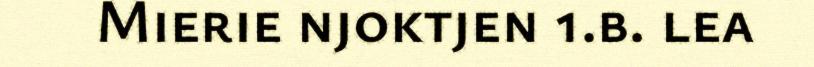
Mierie njoktjen 1.b. lea